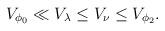
LaTeX: \begin{align*}V_{\phi_0} \ll V_\lambda \leq V_\nu \leq V_{\phi_2}.\end{align*}